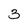
Character: 3